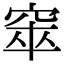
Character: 𥦑